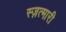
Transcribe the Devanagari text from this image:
स्ज़त्मारी